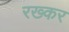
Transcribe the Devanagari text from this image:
रख्कर